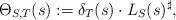
LaTeX: \begin{align*}\Theta_{S,T}(s) := \delta_{T}(s) \cdot L_{S}(s)^{\sharp},\end{align*}